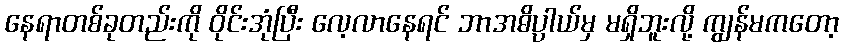
နေရာတစ်ခုတည်းကို ဝိုင်းအုံပြီး လေ့လာနေရင် ဘာအဓိပ္ပာယ်မှ မရှိဘူးလို့ ကျွန်မကတော့